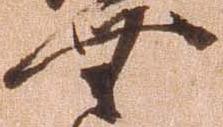
無